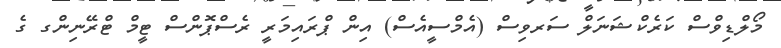
މޯލްޑިވްސް ކަރެކްޝަނަލް ސަރވިސް (އެމްސީއެސް) އިން ޕްރައިމަރީ ރެސްޕޮންސް ޓީމް ޓްރޭނިންގ ގެ